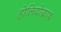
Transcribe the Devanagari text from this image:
होलियोग्राफ